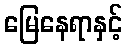
မြေနေရာနှင့်